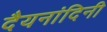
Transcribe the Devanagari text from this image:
दैयनांदिनी